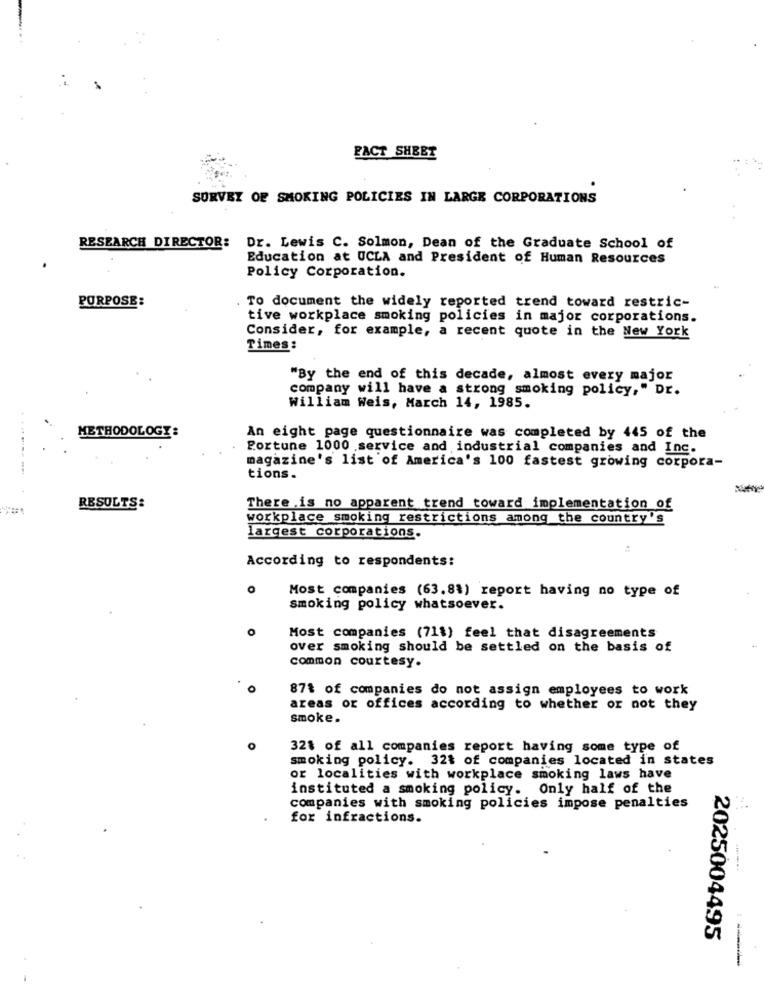
FACT SHEET
SURVEY OF SMOKING POLICIES IN LARGE CORPORATIONS
RESEARCH DIRECTOR: Dr. Lewis C. Solmon, Dean of the Graduate School of
Education at UCLA and President of Human Resources
Policy Corporation.
PURPOSE:
To document the widely reported trend toward restric-
tive workplace smoking policies in major corporations.
Consider, for example, a recent quote in the New York
Times:
"By the end of this decade, almost every major
company will have a strong smoking policy," Dr.
William Weis, March 14, 1985.
METHODOLOGY
An eight page questionnaire was completed by 445 of the
Portune 1000 service and industrial companies and Inc.
magazine's list of America's 100 fastest growing corpora-
tions.
......... .
RESULTS:
There is no apparent trend toward implementation of
workplace smoking restrictions among the country's
largest corporations.
According to respondents:
Most companies (63.8%) report having no type of
smoking policy whatsoever.
Most companies (71$) feel that disagreements
over smoking should be settled on the basis of
common courtesy.
0
87% of companies do not assign employees to work
areas or offices according to whether or not they
smoke.
32% of all companies report having some type of
smoking policy. 321 of companies located in states
or localities with workplace smoking laws have
instituted a smoking policy. Only half of the
companies with smoking policies impose penalties
for infractions.
2025004495